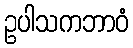
ဥပါသကဘာဝံ